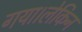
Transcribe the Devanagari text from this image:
गया।लेकिन